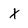
Character: X